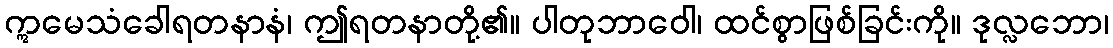
ဣမေသံခေါရတနာနံ၊ ဤရတနာတို့၏။ ပါတုဘာဝေါ၊ ထင်စွာဖြစ်ခြင်းကို။ ဒုလ္လဘော၊